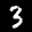
Label: 3